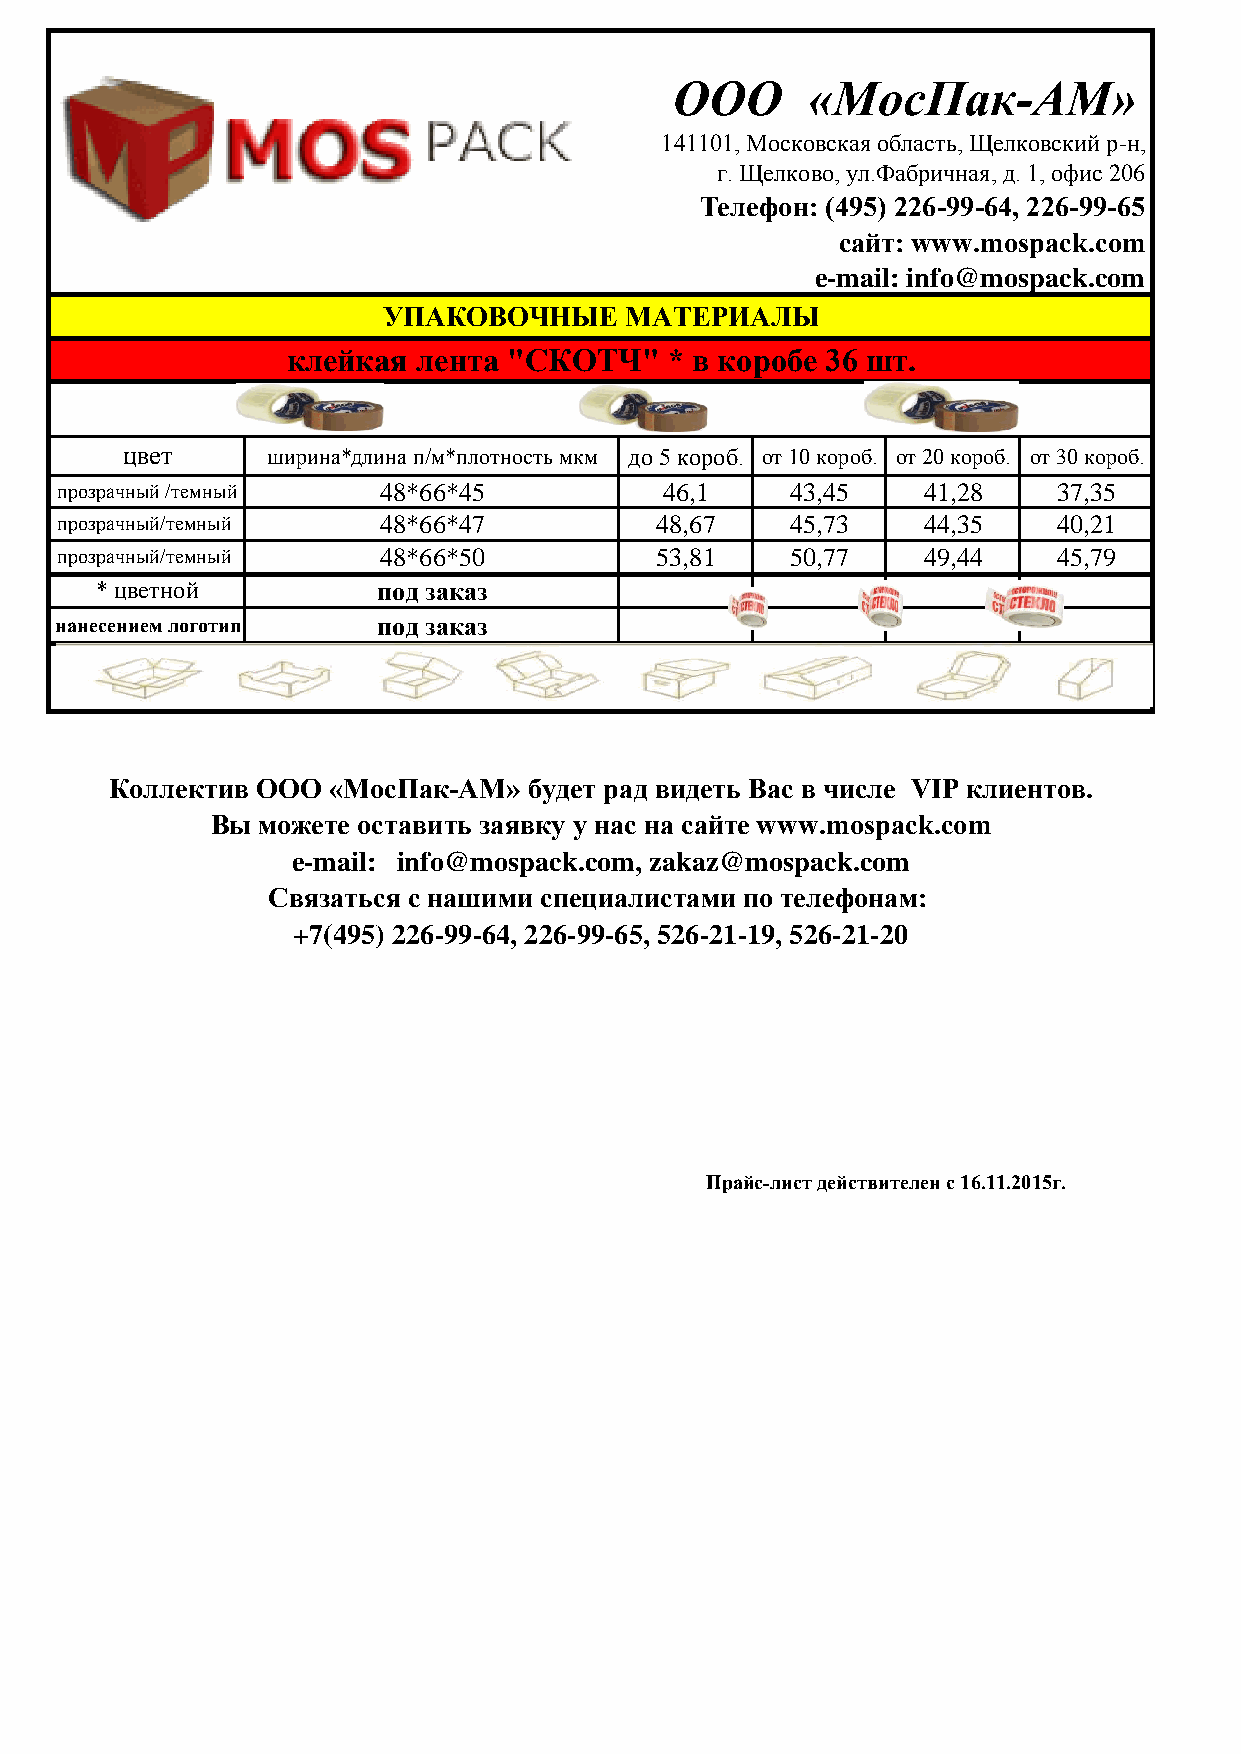
ООО     «МосПак-АМ»
 141101, Московская область, Щелковский р-н,
 г. Щелково, ул.Фабричная, д. 1, офис 206
 Телефон: (495) 226-99-64, 226-99-65
 сайт: www.mospack.com
 e-mail: info@mospack.com
 УПАКОВОЧНЫЕ     МАТЕРИАЛЫ
 клейкая  лента "СКОТЧ"   * в коробе 36 шт.
 цвет      ширина*длина п/м*плотность мкм до 5 короб. от 10 короб. от 20 короб. от 30 короб.
 прозрачный /темный   48*66*45           46,1    43,45    41,28    37,35
 прозрачный/темный    48*66*47          48,67    45,73    44,35    40,21
 прозрачный/темный    48*66*50          53,81    50,77    49,44    45,79
 * цветной          под заказ
 с нанесением логотипа под заказ
 Коллектив ООО  «МосПак-АМ»  будет рад видеть Вас в числе VIP клиентов.
 Вы можете оставить заявку у нас на сайте www.mospack.com
 e-mail: info@mospack.com, zakaz@mospack.com
 Связаться с нашими специалистами по телефонам:
 +7(495) 226-99-64, 226-99-65, 526-21-19, 526-21-20
 Прайс-лист действителен с 16.11.2015г.